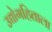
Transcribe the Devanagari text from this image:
उद्योगहिताला